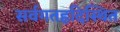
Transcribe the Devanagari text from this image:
सर्वगतह्रदिस्थित